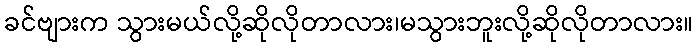
ခင်ဗျားက သွားမယ်လို့ဆိုလိုတာလား၊မသွားဘူးလို့ဆိုလိုတာလား။